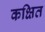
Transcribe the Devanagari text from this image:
कक्षित